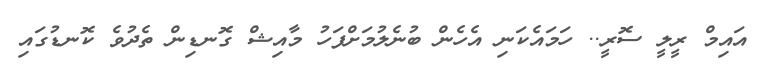
އައިމް ރީލީ ސޮރީ.. ހަމައެކަނި އެހެން ބުނެލުމަށްފަހު މާއިޝް ގޮނޑިން ތެދުވެ ކޮނޑުގައި